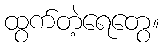
ထွက်တဲ့ရေတွေ။